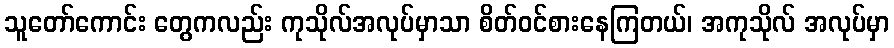
သူတော်ကောင်း တွေကလည်း ကုသိုလ်အလုပ်မှာသာ စိတ်ဝင်စားနေကြတယ်၊ အကုသိုလ် အလုပ်မှာ